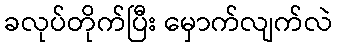
ခလုပ်တိုက်ပြီး မှောက်လျက်လဲ